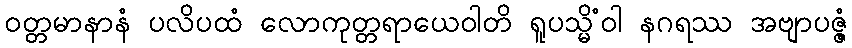
ဝတ္တမာနာနံ ပလိပထံ လောကုတ္တရာယေဝါတိ ရူပသ္မိံဝါ နဂရဿ အဗျာပဇ္ဇံ